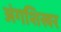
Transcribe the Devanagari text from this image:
अंगशिखर